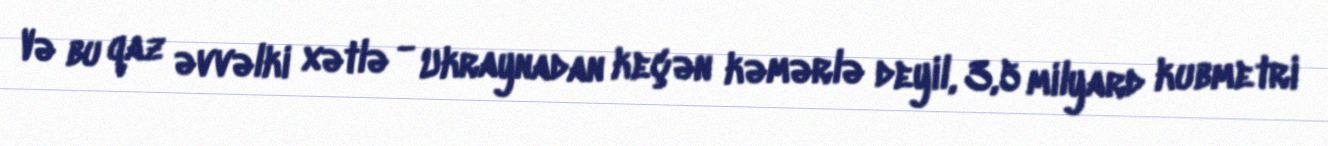
Və bu qaz əvvəlki xətlə - Ukraynadan keçən kəmərlə deyil, 3,5 milyard kubmetri